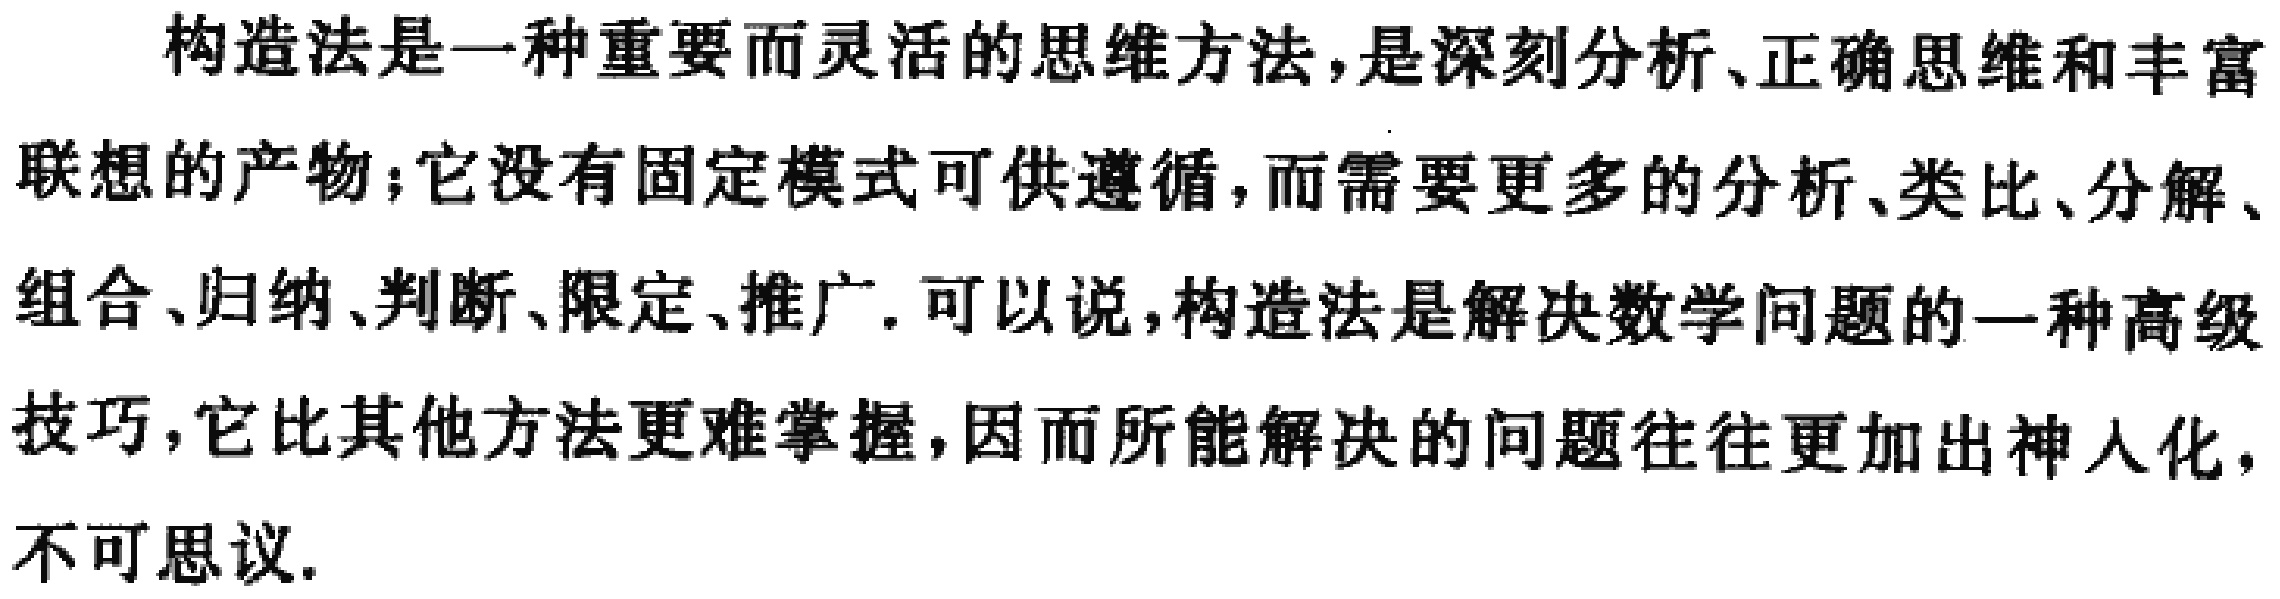
构造法是一种重要而灵活的思维方法，是深刻分析、正确思维和丰富联想的产物；它没有固定模式可供遵循，而需要更多的分析、类比、分解、组合、归纳、判断、限定、推广. 可以说，构造法是解决数学问题的一种高级技巧，它比其他方法更难掌握，因而所能解决的问题往往更加出神人化，不可思议.